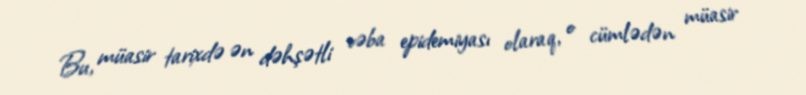
Bu, müasir tarixdə ən dəhşətli vəba epidemiyası olaraq, o cümlədən müasir